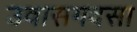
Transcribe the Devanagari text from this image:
उवासगदसा